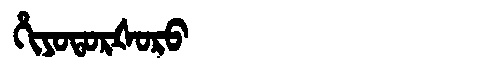
Manchu: ᡥᡳᠶᠣᡨᠣᡵᡧᠣᡵᠣ
Romanization: HIYOTORŠORO